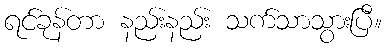
ရင်ခုန်တာ နည်းနည်း သက်သာသွားပြီ။